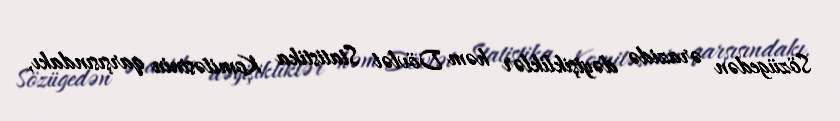
Sözügedən ərazidə dəyişikliklər həm Dövlət Statistika Komitəsinin qarşısındakı,